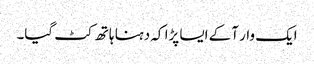
ایک وار آکے ایسا پڑا کہ دہنا ہاتھ کٹ گیا۔